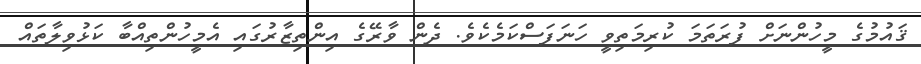
ޤައުމުގެ މީހުންނަށް ފުރަތަމަ ކުރިމަތިވީ ހަނަފަސްކަމެކެވެ. ދެން ވާރޭގެ އިންތިޒާރުގައި އެމީހުންތިއްބާ ކަޅުވިލާތައް